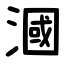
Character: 漍